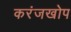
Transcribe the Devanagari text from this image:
करंजखोप